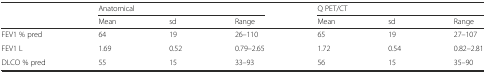
| <ROWSPAN=2>  | <COLSPAN=3> Anatomical | <COLSPAN=3> Q PET/CT |
 | Mean | sd | Range | Mean | sd | Range |
 | --- | --- | --- | --- | --- | --- | --- |
 | FEV1 % pred | 64 | 19 | 26–110 | 65 | 19 | 27–107 |
 | FEV1 L | 1.69 | 0.52 | 0.79–2.65 | 1.72 | 0.54 | 0.82–2.81 |
 | DLCO % pred | 55 | 15 | 33–93 | 56 | 15 | 35–90 |